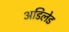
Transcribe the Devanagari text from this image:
अडिलेड